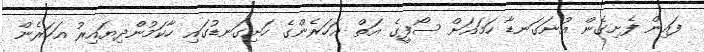
ފައިން ފެށިގެން އުނަގަނޑާ ހަމައަށް ސޯފީގެ އަތް އަހަރެންގެ ހަށިގަނޑުގައި ހާކަމުންދިޔައިރު އަހަރެން